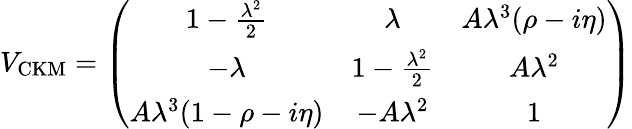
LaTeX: V_{\mathrm{CKM}}=\left(\begin{array}{ccc}{{1-\frac{\lambda^{2}}{2}}}&{{\lambda}}&{{A\lambda^{3}(\rho-i\eta)}}\\ {{-\lambda}}&{{1-\frac{\lambda^{2}}{2}}}&{{A\lambda^{2}}}\\ {{A\lambda^{3}(1-\rho-i\eta)}}&{{-A\lambda^{2}}}&{{1}}\end{array}\right)